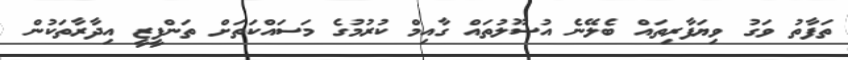
ތަފާތު ވަގު ވިޔަފާރިތައް ބެލޭނެ އުސޫލުތައް ގާއިމް ކުރުމުގެ މަސައްކަތަށް ތަންފީޒީ އިދާރާތަކުން